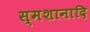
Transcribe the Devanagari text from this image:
स्मशानादि